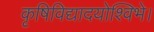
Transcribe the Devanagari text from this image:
कृषिविद्यादयोश्विभे।